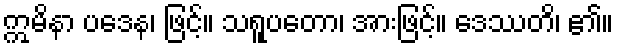
ဣမိနာ ပဒေန၊ ဖြင့်။ သရူပတော၊ အားဖြင့်။ ဒေဿတိ၊ ၏။